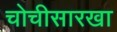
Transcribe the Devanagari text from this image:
चोचीसारखा